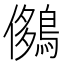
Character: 𪂄